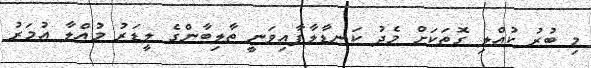
މި ބުރު ކުއްލި ގޮތަކަށް މެދު ކަނޑާލާފާއިވަނީ ތާލިބާންގެ ލީޑަރު މުއްލާ އުމަރު